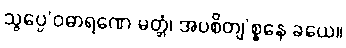
သွပ္ပေ’ဝဓာရဏေ မတ္တံ၊ အပစိတျ’စ္စနေ ခယေ။